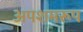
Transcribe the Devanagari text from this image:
अपशमरूप